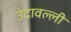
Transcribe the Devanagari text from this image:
उंद्रावल्ली